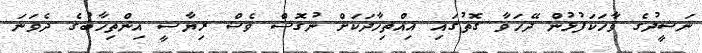
ނަޝީދުގެ ވާހަކަފުޅުން ދޭހަވާ ގޮތުގައި އިއްތިހާދަކަށް ނުގޮސް ވެސް ރިޔާސީ އިންތިހާބުގެ ދެވަނަ